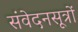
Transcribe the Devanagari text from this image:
संवेदनसूत्रों